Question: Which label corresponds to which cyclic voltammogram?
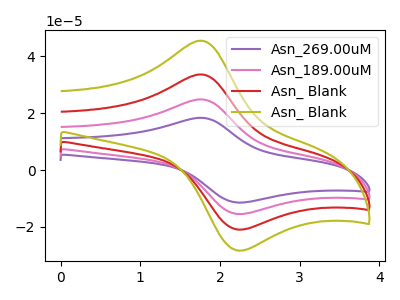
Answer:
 <answer>The purple curve is labeled "Asn_269.00uM". The pink curve is labeled "Asn_189.00uM". The red curve is labeled "Asn_ Blank". The olive curve is labeled "Asn_ Blank".</answer>
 <eval></eval>